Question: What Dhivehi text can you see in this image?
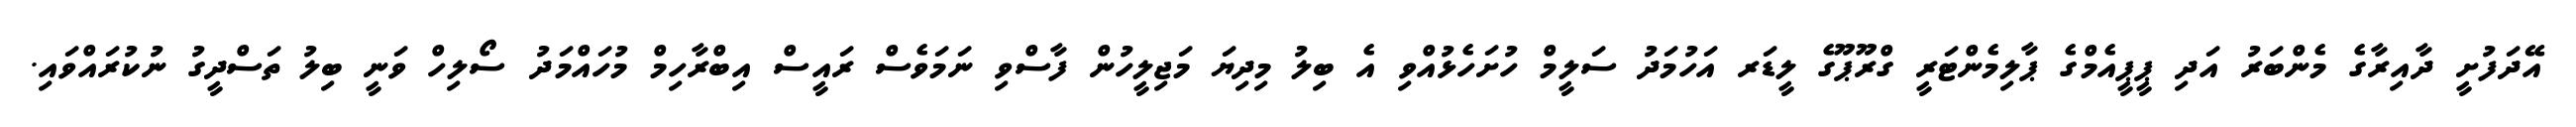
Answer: އޭދަފުށީ ދާއިރާގެ މެންބަރު އަދި ޕީޕީއެމްގެ ޕާލިމެންޓަރީ ގްރޫޕޫގެ ލީޑަރ އަހުމަދު ސަލީމް ހުށަހެޅުއްވި އެ ބިލު މިދިޔަ މަޖިލީހުން ފާސްވި ނަމަވެސް ރައީސް އިބްރާހިމް މުހައްމަދު ސޯލިހް ވަނީ ބިލު ތަސްދީގު ނުކުރައްވައި.